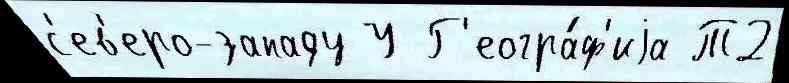
с'ев'еро-западу У Г'еогра́ф'иjа Т2